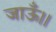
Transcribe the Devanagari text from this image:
जाऊँ।।